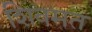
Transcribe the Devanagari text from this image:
शिवमत